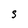
Character: S